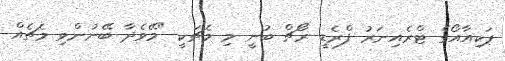
ޕަކިއާއޯގެ ޓްރެއިނަރު ފްރެޑީ ރޯޗް ބުނީ މި މެޗަކީ "މޭވެދާ ބޭނުންވި މެޗެއް